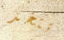
تتخذ